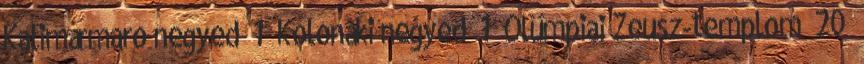
Kalimármaro negyed 1 Kolonáki negyed 1 Olümpiai Zeusz-templom 20